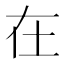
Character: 在